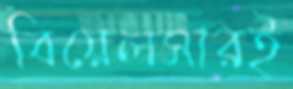
বিয়েলসারই